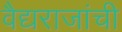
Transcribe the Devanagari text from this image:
वैद्यराजांची